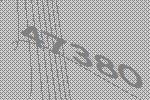
47380